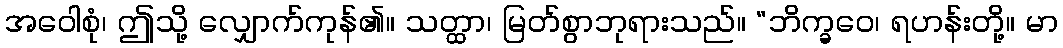
အဝေါစုံ၊ ဤသို့ လျှောက်ကုန်၏။ သတ္ထာ၊ မြတ်စွာဘုရားသည်။ “ဘိက္ခဝေ၊ ရဟန်းတို့။ မာ